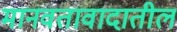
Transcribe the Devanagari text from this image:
मानवतावादातील